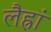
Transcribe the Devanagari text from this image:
लैह्रां